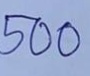
500